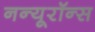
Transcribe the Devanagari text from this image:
नन्यूरॉन्स